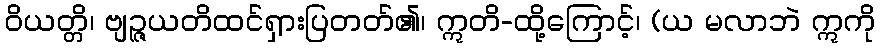
ဝိယတ္တိ၊ ဗျဉ္ဇယတိထင်ရှားပြတတ်၏၊ ဣတိ-ထို့ကြောင့်၊ (ယ မလာဘဲ ဣကို